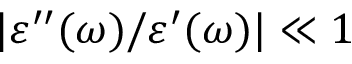
| \varepsilon ^ { \prime \prime } ( \omega ) / \varepsilon ^ { \prime } ( \omega ) | \ll 1